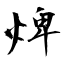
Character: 焷